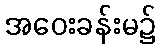
အဝေးခန်းမ၌